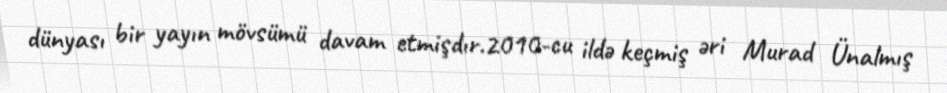
dünyası bir yayın mövsümü davam etmişdır.2010-cu ildə keçmiş əri Murad Ünalmış